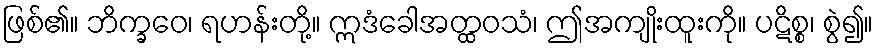
ဖြစ်၏။ ဘိက္ခဝေ၊ ရဟန်းတို့။ ဣဒံခေါအတ္ထဝသံ၊ ဤအကျိုးထူးကို။ ပဋိစ္စ၊ စွဲ၍။